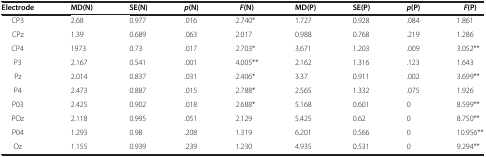
<table><thead><tr><td><b>Electrode</b></td><td><b>MD(N)</b></td><td><b>SE(N)</b></td><td><b><i>p</i>(N)</b></td><td><b><i>F</i>(N)</b></td><td><b>MD(P)</b></td><td><b>SE(P)</b></td><td><b><i>p</i>(P)</b></td><td><b><i>F</i>(P)</b></td></tr></thead><tbody><tr><td>CP3</td><td>2.68</td><td>0.977</td><td>.016</td><td>2.740*</td><td>1.727</td><td>0.928</td><td>.084</td><td>1.861</td></tr><tr><td>CPz</td><td>1.39</td><td>0.689</td><td>.063</td><td>2.017</td><td>0.988</td><td>0.768</td><td>.219</td><td>1.286</td></tr><tr><td>CP4</td><td>1973</td><td>0.73</td><td>.017</td><td>2.703*</td><td>3.671</td><td>1.203</td><td>.009</td><td>3.052**</td></tr><tr><td>P3</td><td>2.167</td><td>0.541</td><td>.001</td><td>4.005**</td><td>2.162</td><td>1.316</td><td>.123</td><td>1.643</td></tr><tr><td>Pz</td><td>2.014</td><td>0.837</td><td>.031</td><td>2.406*</td><td>3.37</td><td>0.911</td><td>.002</td><td>3.699**</td></tr><tr><td>P4</td><td>2.473</td><td>0.887</td><td>.015</td><td>2.788*</td><td>2.565</td><td>1.332</td><td>.075</td><td>1.926</td></tr><tr><td>P03</td><td>2.425</td><td>0.902</td><td>.018</td><td>2.688*</td><td>5.168</td><td>0.601</td><td>0</td><td>8.599**</td></tr><tr><td>POz</td><td>2.118</td><td>0.995</td><td>.051</td><td>2.129</td><td>5.425</td><td>0.62</td><td>0</td><td>8.750**</td></tr><tr><td>P04</td><td>1.293</td><td>0.98</td><td>.208</td><td>1.319</td><td>6.201</td><td>0.566</td><td>0</td><td>10.956**</td></tr><tr><td>Oz</td><td>1.155</td><td>0.939</td><td>.239</td><td>1.230</td><td>4.935</td><td>0.531</td><td>0</td><td>9.294**</td></tr></tbody></table>